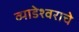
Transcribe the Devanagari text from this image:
व्याडेश्वराचे